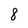
Character: 8